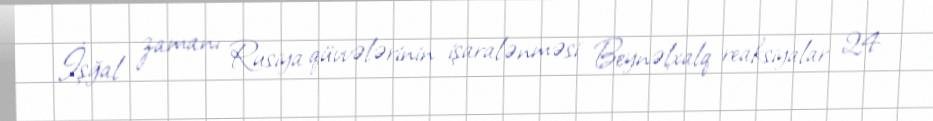
İşğal zamanı Rusiya qüvvələrinin işaralənməsi Beynəlxalq reaksiyalar 24